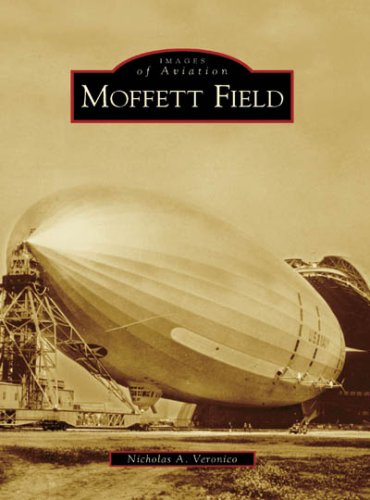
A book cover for Moffett Field (CA) (Images of Aviation) (Images of America); Nicholas A. Veronico; Arts & Photography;